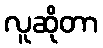
လူဆိုတာ